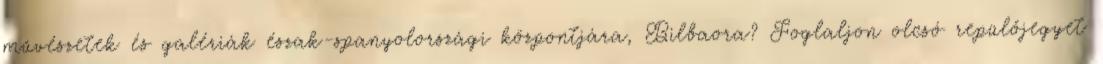
művészetek és galériák észak-spanyolországi központjára, Bilbaora? Foglaljon olcsó repülőjegyet